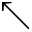
\nwarrow